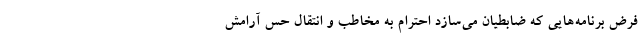
فرضِ برنامه‌هایی که ضابطیان می‌سازد احترام به مخاطب و انتقال حس آرامش